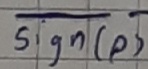
Text: sign(p)